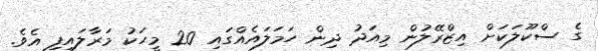
ގެ ސްކޫލަކަށް އިޒްރޭލުން މިއަދު ދިން ހަމަލައެއްގައި 20 މީހަކު މަރާލައިފި އެވެ.